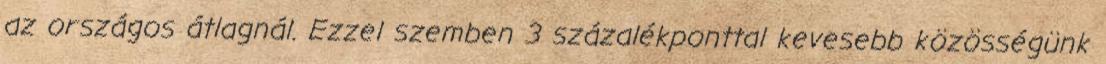
az országos átlagnál. Ezzel szemben 3 százalékponttal kevesebb közösségünk